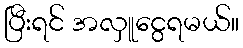
ပြီးရင် အလှူငွေရမယ်။